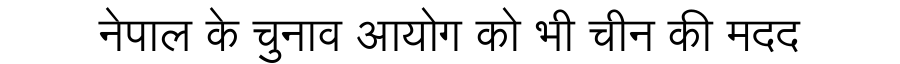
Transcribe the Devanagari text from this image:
नेपाल के चुनाव आयोग को भी चीन की मदद